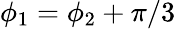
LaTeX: \phi_{1}=\phi_{2}+\pi/3